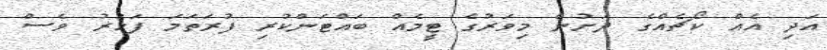
އަދި އެއް ކޯޗެއްގެ ދަށުން މިވަރުގެ ޓީމެއް ބައްޓަންކުރި ފުރަތަމަ ފަހަރު ވެސް